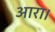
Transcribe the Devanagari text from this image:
आरा।